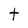
Character: t